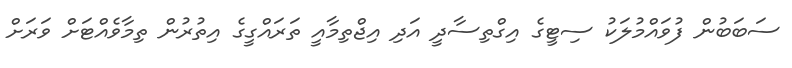
ސަބަބުން ފުވައްމުލަކު ސިޓީގެ އިގްތިސާދީ އަދި އިޖްތިމާއީ ތަރައްގީގެ އިތުރުން ތިމާވެއްޓަށް ވަރަށް